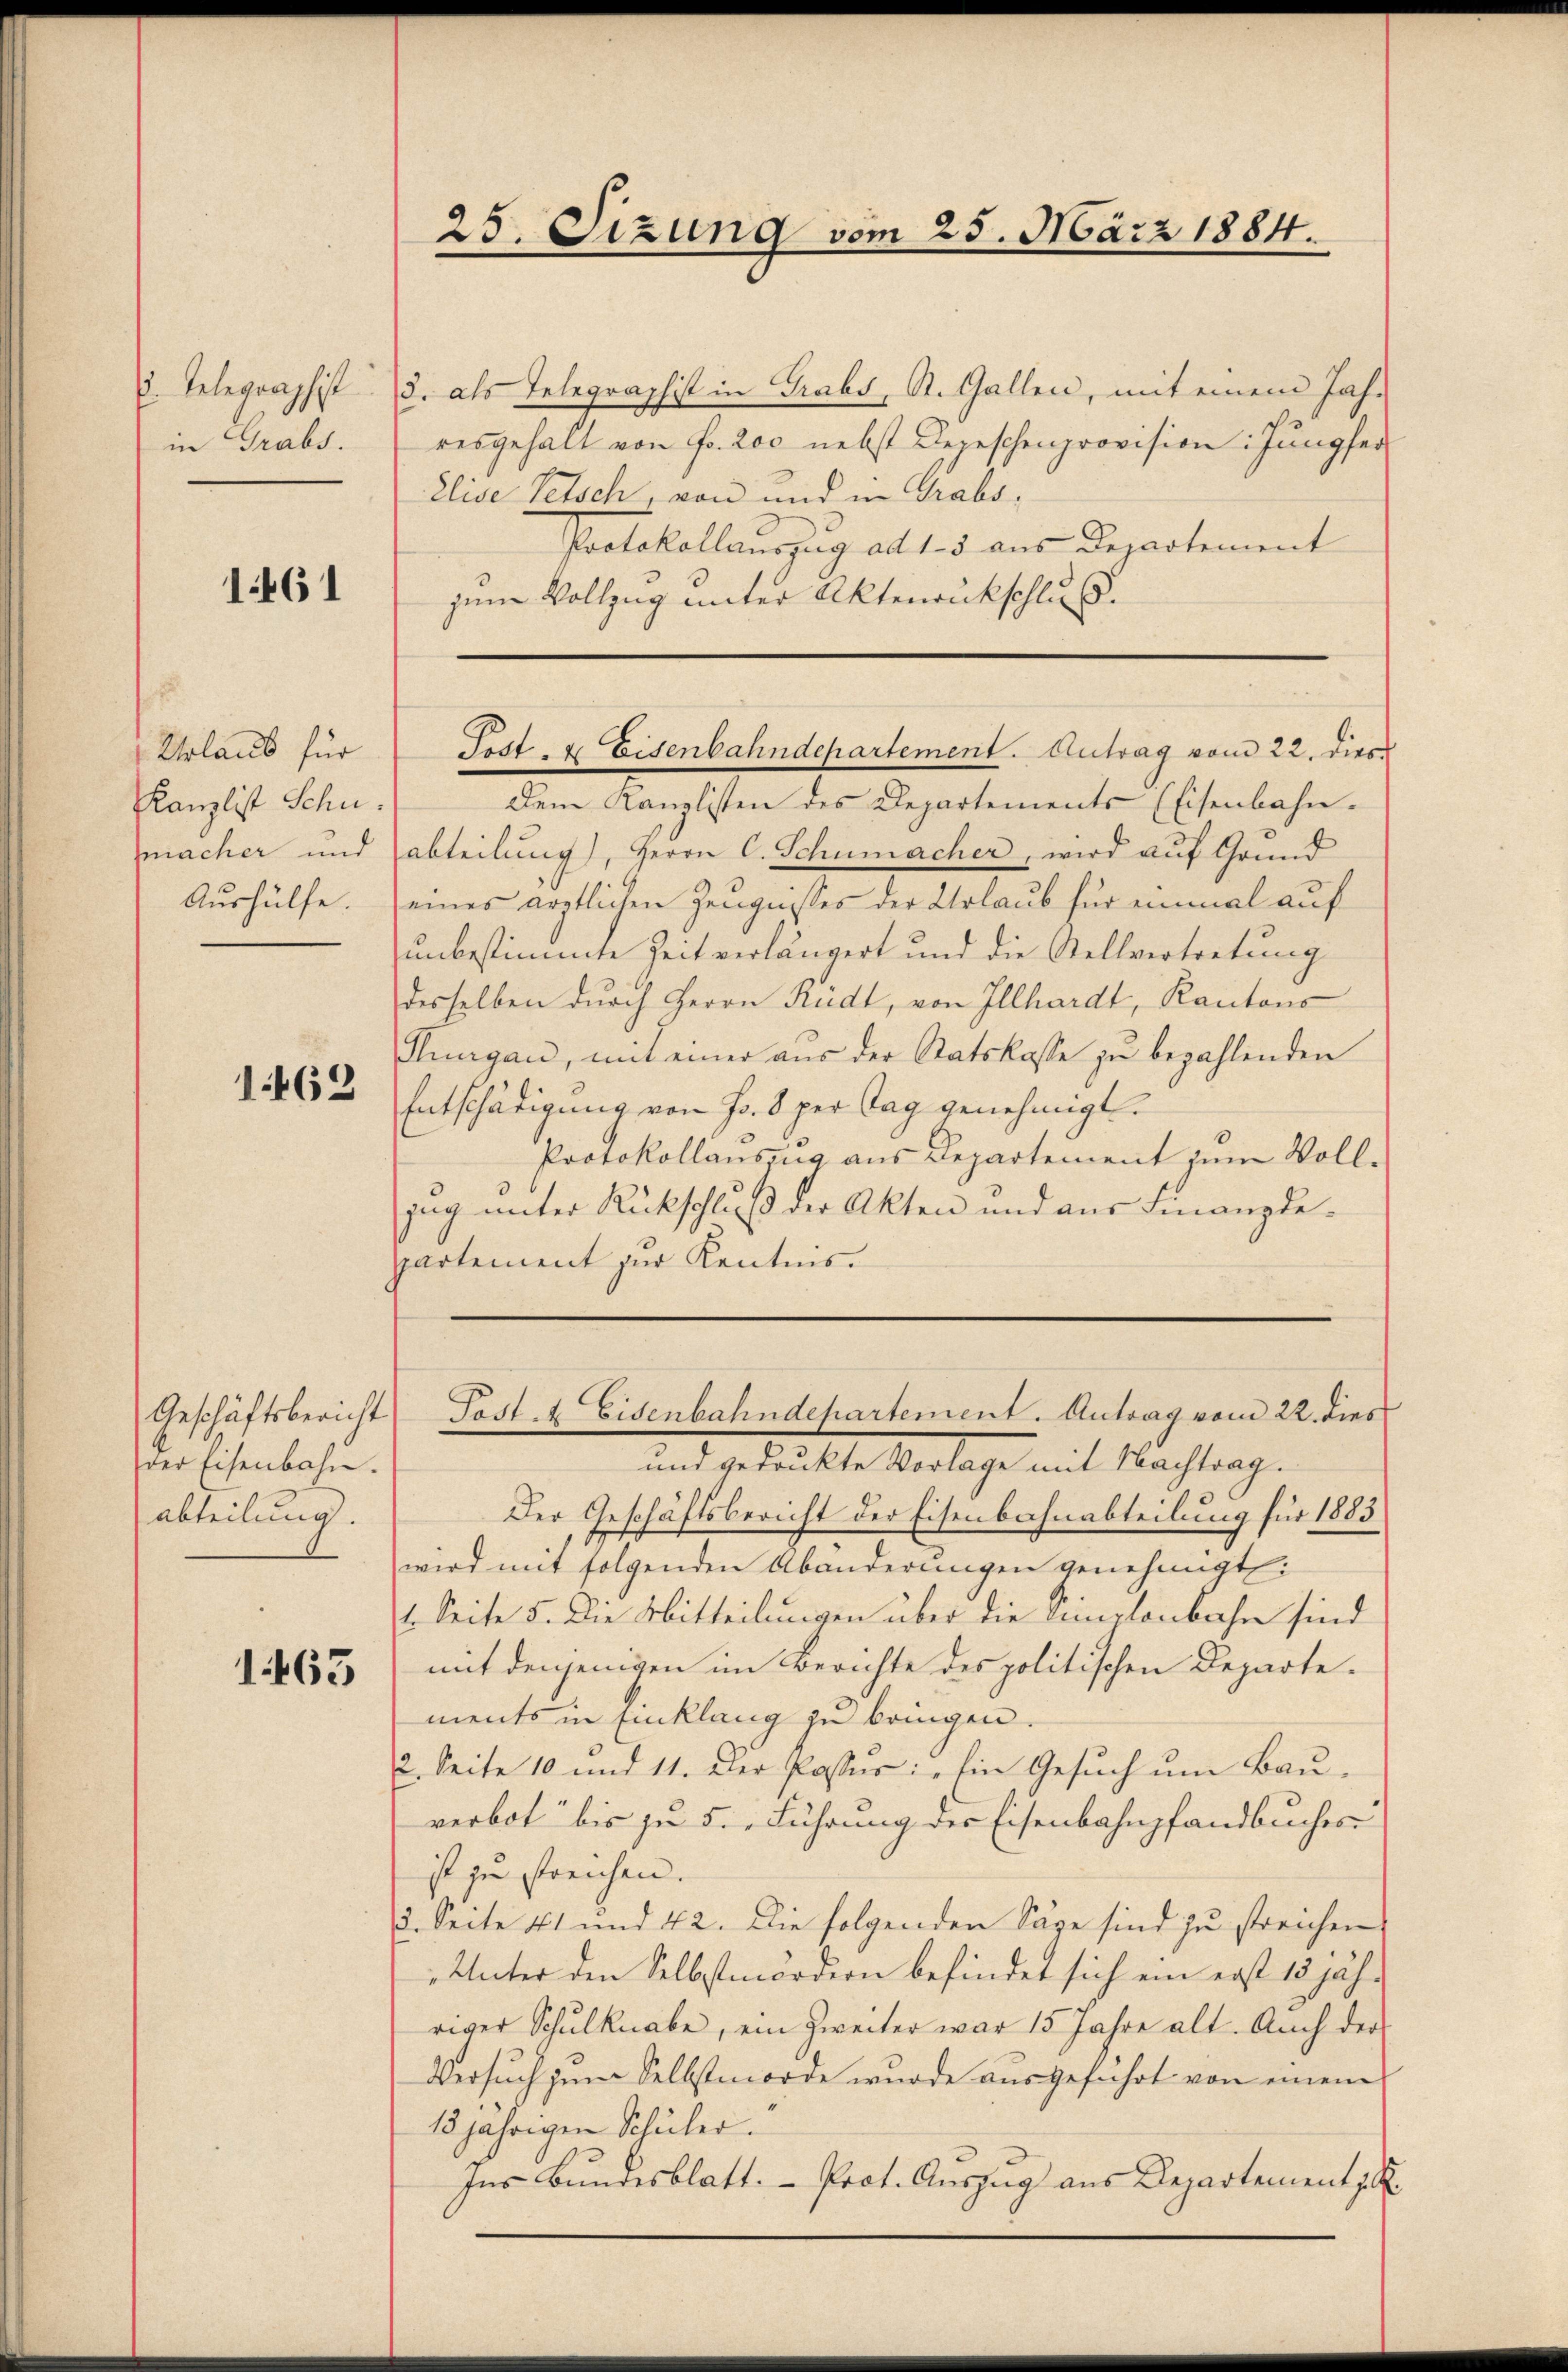
. Telegraphist
in Grabs.

1461

Urlaub für
Kanzlist Schu
zmacher und
Aushülfe.

1462

der Eisenbahn.
abteilung.

1463

25. Sizung vom 25. März 1884.

3. als Telegraphist in Grabs, St. Gallen, mit einem Jah-
resgehalt von Fr. 200 nebst Depeschenprovision: Jungfer
Elise Petsch, von und in Grabs,
Protokollauszug ad 1. 5 aus Departement
zum Vollzug unter Aktenrückschluß.

Dem Kanzlisten des Departements (Eisenbahn-
abteilung), Herrn C. Schumacher, wird auf Grund
eines ärztlichen Zeugnisses der Urlaub für einmal auf
unbestimmte Zeit verlängert und die Stellvertretung
desselben durch Herrn Rüdt, von Illhardt, Kantons
Purgau, mit einer aus der Statskasse zu bezahlenden
Entschädigung von Fr. 8 per Tag genehmigt.
Protokollauszug aus Departement zum Voll-
zŭg ŭnter Rückschluß der Akten und aus Finanzdepartement zur Kenntnis.

Fost- & Eisenbahndepartement. Antrag vom 22. dies

Geschäftsbericht Post 4 Eisenbahndepartement. Antrag vom 22. dies

und gedeckte Verlage mit Nachtrag.
Der Geschäftsbericht der Eisenbahnabteilung für 1883
wird mit folgenden Abänderungen genehmigt:
1. Seite 5. Die Mitteilungen über die Simplonbahn sind
mit denjenigen im Berichte des politischen Departements in Einklang zu bringen.
2. Seite 10 und 11. Der Passus: „Ein Gesuch um Bau-
verbot bis zu 5. Führung der Eisenbahnpfandbuches
ist zu streichen.
3. Seite 41 und 42. Die folgenden Säge sind zu streichen
Unter den Selbstmördern befindet sich ein erst 13 jäh-
riger Schŭlknabe, ein zweiter war 15 Jahre alt. Auch der
Versuch zum Selbstmorde wurde ausgeführt von einem
15 jährigen Schüler.
Ins Bundesblatt. - Prot. Auszug aus Departement p